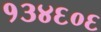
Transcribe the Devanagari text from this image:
१३४६०६